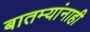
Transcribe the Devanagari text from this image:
बातम्यांनाही